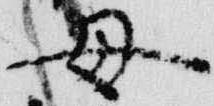
母